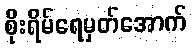
စိုးရိမ်ရေမှတ်အောက်